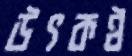
উৎকণ্ঠ